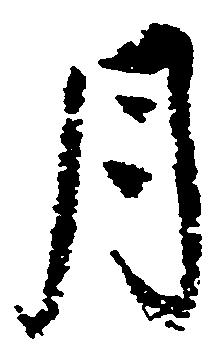
月